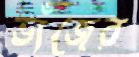
ভাঁজের